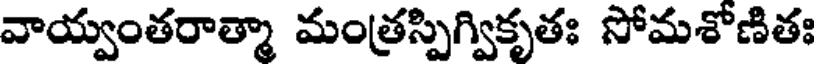
వాయ్వంతరాత్మా మంత్రస్పిగ్వికృతః సోమశోణితః